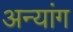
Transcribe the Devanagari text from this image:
अन्यांग